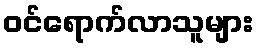
ဝင်ရောက်လာသူများ